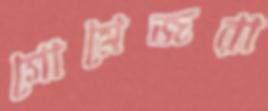
গোমেজরা